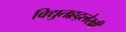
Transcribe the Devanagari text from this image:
विद्युतहृद्‌लेखी